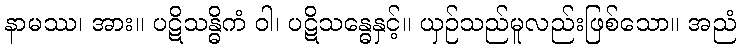
နာမဿ၊ အား။ ပဋိသန္ဓိကံ ဝါ၊ ပဋိသန္ဓေနှင့်။ ယှဉ်သည်မူလည်းဖြစ်သော။ အညံ